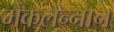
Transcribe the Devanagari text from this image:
मैकलेन्नान